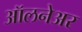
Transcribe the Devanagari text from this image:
ऑलनेअर